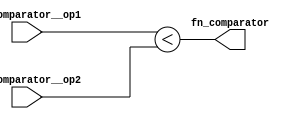
//
// Generated by Bluespec Compiler, version 2014.07.A (build 34078, 2014-07-30)
//
// On Mon Sep 14 23:06:34 IST 2015
//
//
// Ports:
// Name                         I/O  size props
// fn_comparator                  O     1
// fn_comparator__op1             I    64
// fn_comparator__op2             I    64
//
// Combinational paths from inputs to outputs:
//   (fn_comparator__op1, fn_comparator__op2) -> fn_comparator
//
//

`ifdef BSV_ASSIGNMENT_DELAY
`else
  `define BSV_ASSIGNMENT_DELAY
`endif

`ifdef BSV_POSITIVE_RESET
  `define BSV_RESET_VALUE 1'b1
  `define BSV_RESET_EDGE posedge
`else
  `define BSV_RESET_VALUE 1'b0
  `define BSV_RESET_EDGE negedge
`endif

module module_fn_comparator(fn_comparator__op1,
			    fn_comparator__op2,
			    fn_comparator);
  // value method fn_comparator
  input  [63 : 0] fn_comparator__op1;
  input  [63 : 0] fn_comparator__op2;
  output fn_comparator;

  // signals for module outputs
  wire fn_comparator;

  // value method fn_comparator
  assign fn_comparator = fn_comparator__op1 < fn_comparator__op2 ;
endmodule  // module_fn_comparator